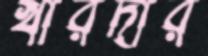
খারদার